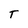
Character: T